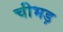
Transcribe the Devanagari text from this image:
चीभड़